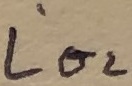
Text: LO2